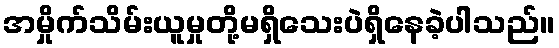
အမှိုက်သိမ်းယူမှုတို့မရှိသေးပဲရှိနေခဲ့ပါသည်။